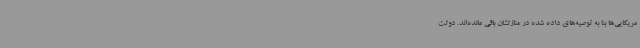
مریکایی‌ها بنا به توصیه‌های داده شده در منازلشان باقی مانده‌اند. دولت